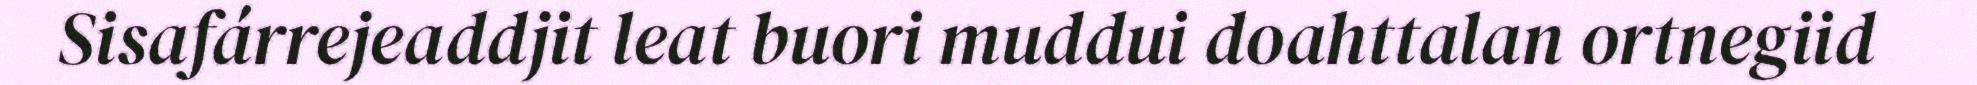
Sisafárrejeaddjit leat buori muddui doahttalan ortnegiid